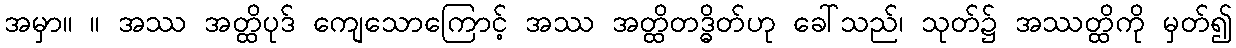
အမှာ။ ။ အဿ အတ္ထိပုဒ် ကျေသောကြောင့် အဿ အတ္ထိတဒ္ဓိတ်ဟု ခေါ်သည်၊ သုတ်၌ အဿတ္ထိကို မှတ်၍